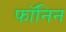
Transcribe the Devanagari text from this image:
फॉनिन